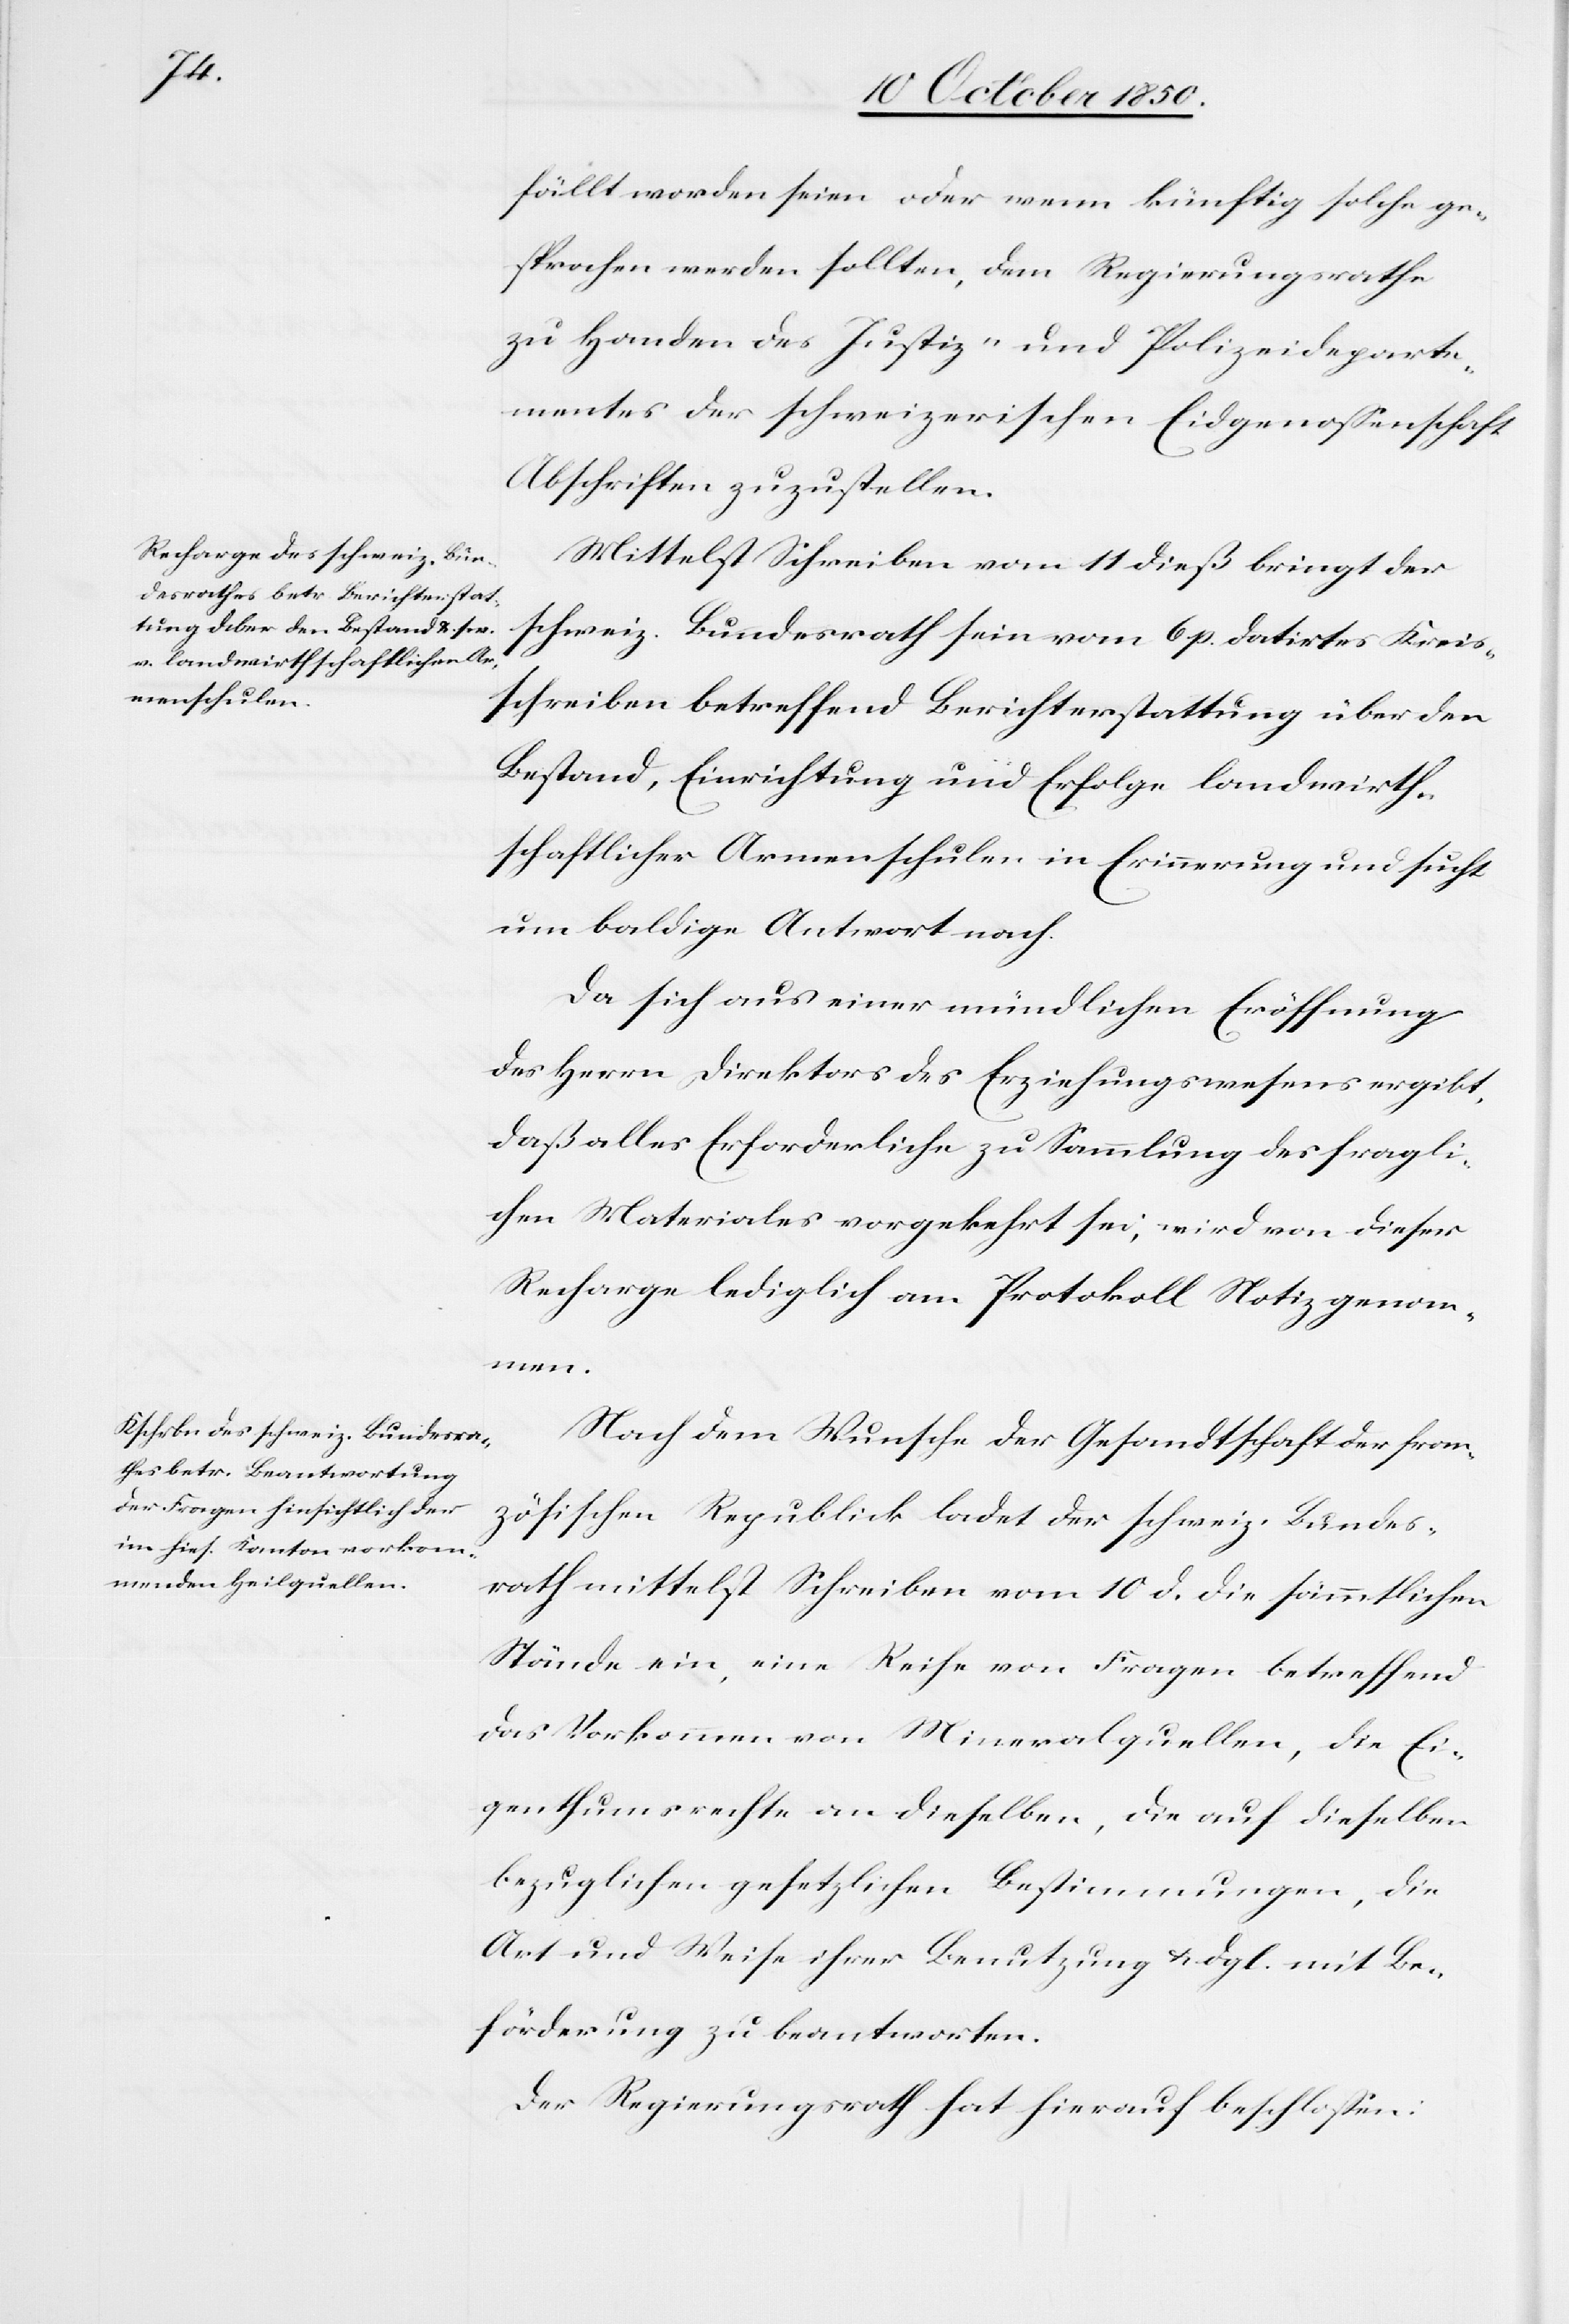
fällt worden seien oder wenn künftig solche ge¬
sprochen werden sollten, dem Regierungsrathe
zu Handen des Justiz- und Polizeideparte¬
mentes der schweizerischen Eidgenossenschaft
Abschriften zuzustellen.
Mittelst Schreiben vom 11 dieß bringt der
schweiz. Bundesrath sein vom 6 p. datirtes Kreis¬
schreiben betreffend Berichterstattung über den
Bestand, Einrichtung und Erfolge landwirth¬
schaftlicher Armenschulen in Erinnerung und sucht
um baldige Antwort nach.
Da sich aus einer mündlichen Eröffnung
des Herrn Direktors des Erziehungswesens ergibt,
daß alles Erforderliche zu Sammlung des fragli¬
chen Materiales vorgekehrt sei, wird von dieser
Recharge lediglich am Protokoll Notiz genom¬
men.
Nach dem Wunsche der Gesandtschaft der fran¬
zösischen Republick ladet der schweiz. Bundes¬
rath mittelst Schreiben vom 10 d. die sämmtlichen
Stände ein, eine Reihe von Fragen betreffend
das Vorkommen von Mineralquellen, die Ei¬
genthumsrechte an dieselben, die auf dieselben
Art und Weise ihrer Benutzung u. dgl. mit Be¬
förderung zu beantworten.
Der Regierungsrath hat hierauf beschlossen: